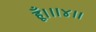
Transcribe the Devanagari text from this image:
हूँ।॥४॥